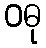
ဝဓု